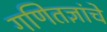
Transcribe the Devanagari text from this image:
गणितज्ञांचे